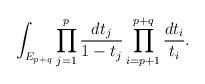
LaTeX: \begin{align*}\int_{E_{p+q}}\prod_{j=1}^p \frac{dt_j}{1-t_j} \prod_{i=p+1}^{p+q} \frac{dt_i}{t_i}.\end{align*}